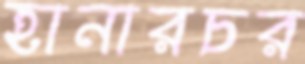
হানারচর